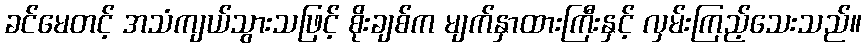
ခင်မေတင့် အသံကျယ်သွားသဖြင့် စိုးချစ်က မျက်နှာထားကြီးနှင့် လှမ်းကြည့်သေးသည်။